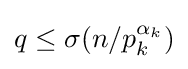
q\leq \sigma (n/p_{k}^{\alpha _{k}})